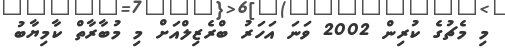
މި މެޗުގެ ކުރިން 2002 ވަނަ އަހަރު ބްރެޒިލްއަށް މި މުބާރާތް ކާމިޔާބު